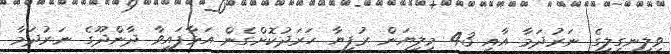
ވިލިނގިލީގެ ނަރުދަމާ އާއި 43 މިލިޔަން ރުފިޔާ ހަރަދުކޮށްގެން އަޅާފައިވާ ދާންދޫގެ ނަރުދަމާ